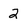
Character: 2